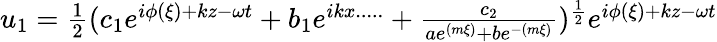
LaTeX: \begin{array}{r}{u_{1}=\frac{1}{2}(c_{1}e^{i\phi(\xi)+kz-\omega t}+b_{1}e^{ikx.....}+\frac{c_{2}}{ae^{(m\xi)}+be^{-(m\xi)}})^{\frac{1}{2}}e^{i\phi(\xi)+kz-\omega t}}\end{array}